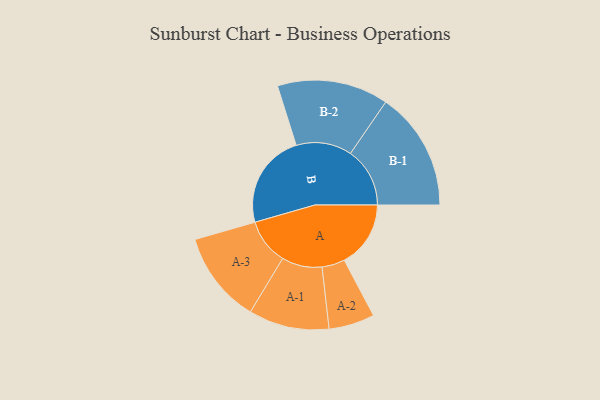
{"axis": {"x": "Segment", "y": "Value"}, "legend": ["", "A", "B"], "data": [{"x": "A", "y": 333, "type": ""}, {"x": "B", "y": 475, "type": ""}, {"x": "A-1", "y": 202, "type": "A"}, {"x": "A-2", "y": 115, "type": "A"}, {"x": "A-3", "y": 230, "type": "A"}, {"x": "B-1", "y": 298, "type": "B"}, {"x": "B-2", "y": 279, "type": "B"}]}